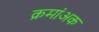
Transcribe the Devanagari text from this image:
क्रमांअक